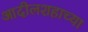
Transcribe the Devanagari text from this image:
आदीलशहाच्या